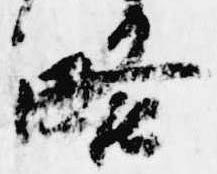
略